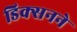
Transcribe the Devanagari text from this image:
डिक्सनने